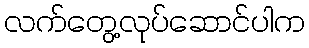
လက်တွေ့လုပ်ဆောင်ပါက